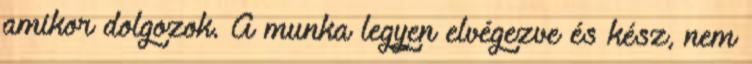
amikor dolgozok. A munka legyen elvégezve és kész, nem